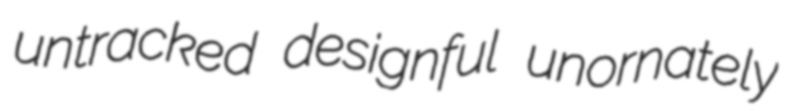
untracked designful unornately